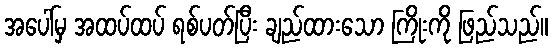
အပေါ်မှ အထပ်ထပ် ရစ်ပတ်ပြီး ချည်ထားသော ကြိုးကို ဖြည်သည်။